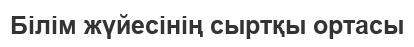
Білім жүйесінің сыртқы ортасы